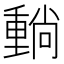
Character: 𡮶